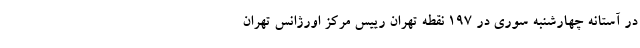
در آستانه چهارشنبه سوری در ۱۹۷ نقطه تهران رییس مرکز اورژانس تهران